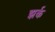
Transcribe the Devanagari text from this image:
झर्क